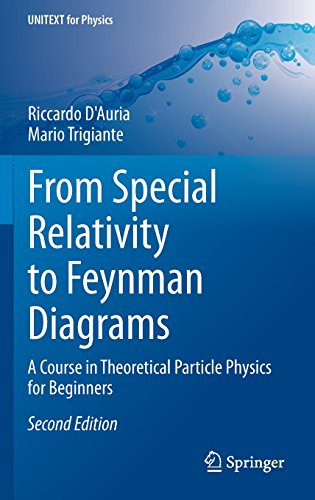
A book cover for From Special Relativity to Feynman Diagrams: A Course in Theoretical Particle Physics for Beginners (UNITEXT for Physics); Riccardo D'Auria; Science & Math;